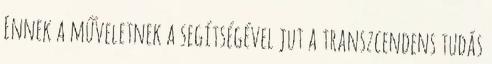
Ennek a műveletnek a segítségével jut a transzcendens tudás